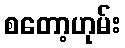
စတော့ဟုမ်း